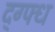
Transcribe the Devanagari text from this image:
द्ग्फ्ध